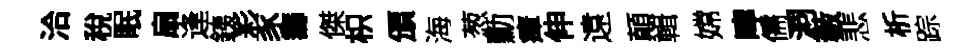
洽稅眠扇逢銕彩豕籌傑枳頒海葱勳瘴伸遠顛輯嫦嚀儒洞藪悲析踪